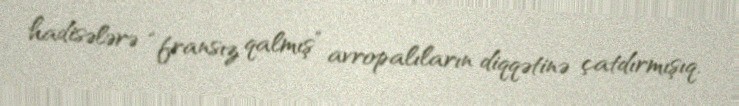
hadisələrə “fransız qalmış” avropalıların diqqətinə çatdırmışıq.